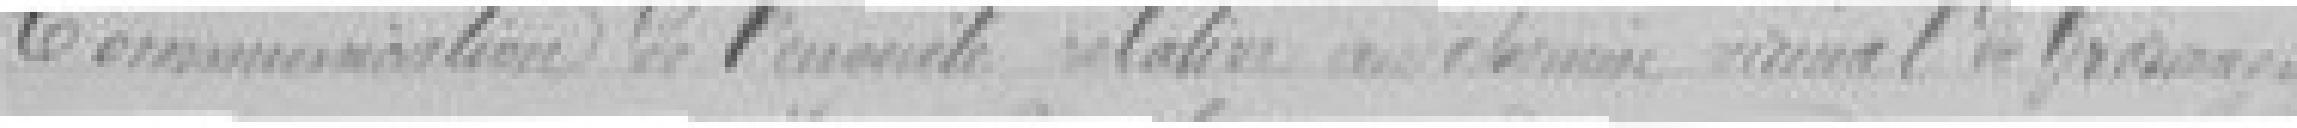
Communication de l'enquête relative au chemin vicinal de Grosmagny